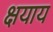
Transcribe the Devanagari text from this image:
क्षयाय